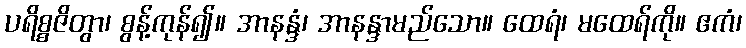
ပရိစ္စဇိတွာ၊ စွန့်ကုန်၍။ အာနန္ဒံ၊ အာနန္ဒာမည်သော။ ထေရံ၊ မထေရ်ကို။ ဧကံ၊